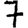
Digit: 7